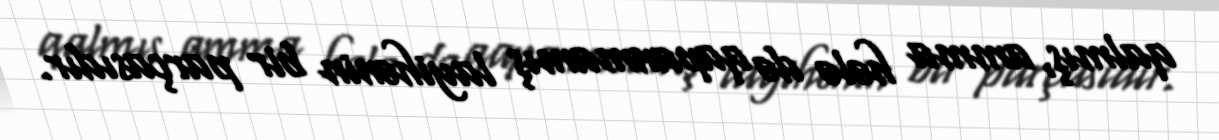
qalmış, amma hələ də qapanmamış layihənin bir parçasıdır.